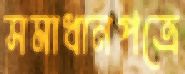
সমাধানপত্রে